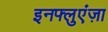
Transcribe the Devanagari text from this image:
इनफ्लुएंज़ा